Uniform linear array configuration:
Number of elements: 24
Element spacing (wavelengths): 0.25
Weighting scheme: exponential
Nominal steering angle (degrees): -45
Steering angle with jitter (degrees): -45.026
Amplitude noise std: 0.05
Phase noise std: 0.05

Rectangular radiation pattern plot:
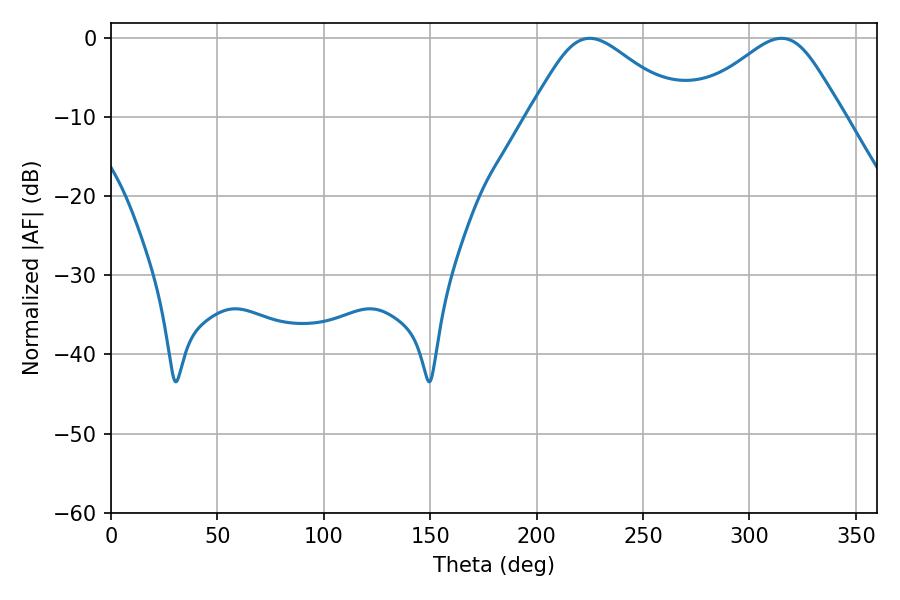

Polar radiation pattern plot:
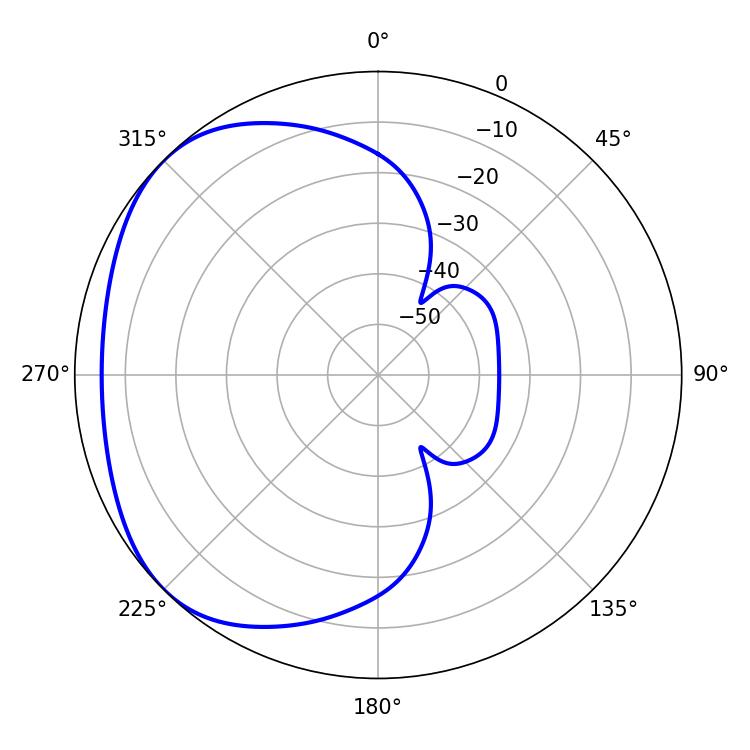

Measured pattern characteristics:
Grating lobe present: FALSE
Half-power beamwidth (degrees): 35.64
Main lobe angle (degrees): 225